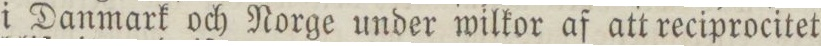
i Danmark och Norge under wilkor af att reciprocitet